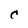
Character: C